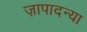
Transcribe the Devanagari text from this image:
ज़ापादन्या